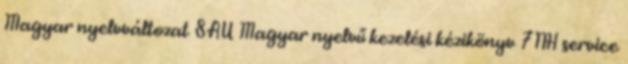
Magyar nyelvváltozat 8AU Magyar nyelvű kezelési kézikönyv 7NH service